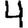
Digit: 4